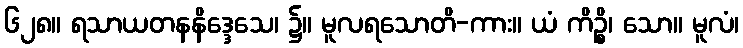
၆၂၈။ ရသာယတနနိဒ္ဒေသေ၊ ၌။ မူလရသောတိ-ကား။ ယံ ကိဉ္စိ၊ သော။ မူလံ၊